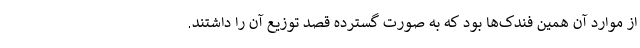
از موارد آن همین فندک‌ها بود که به صورت گسترده قصد توزیع آن را داشتند.